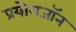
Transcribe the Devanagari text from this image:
प्रयोगजॉन